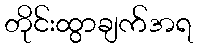
တိုင်းထွာချက်အရ